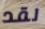
لقد